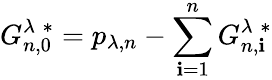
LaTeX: G_{n,0}^{\lambda\; *}=p_{\lambda,n}-\sum_{\mathbf{i}=1}^{n}G_{n,\mathbf{i}}^{\lambda\; *}